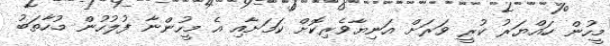
މީހުން ހައްޔަރު ކުރީ ވަރަށް އަނިޔާވެރިކޮށް ކަމަށާއި އެ މީހުންނާ ފުލުހުން މުހާތަބު